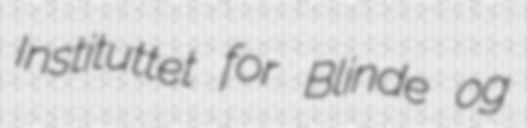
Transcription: Instituttet for Blinde og